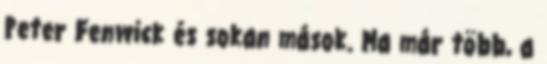
Peter Fenwick és sokan mások. Ma már több, a